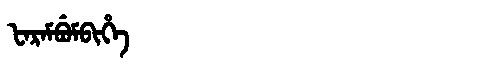
Manchu: ᡶᠠᡵᠠᠮᠪᡠᠮᠪᡳᡥᡝ
Romanization: FARAMBUMBIHE